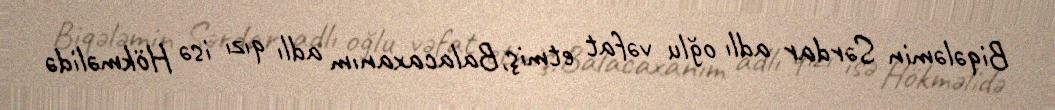
Biqələmin Sərdar adlı oğlu vəfat etmiş,Balacaxanım adlı qızı isə Hökməlidə